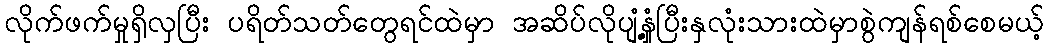
လိုက်ဖက်မှုရှိလှပြီး ပရိတ်သတ်တွေရင်ထဲမှာ အဆိပ်လိုပျံ့နှံ့ပြီးနှလုံးသားထဲမှာစွဲကျန်ရစ်စေမယ့်